38_143685_box7_Incident_Summaries_1-100
Agency: Department of War
Page 11
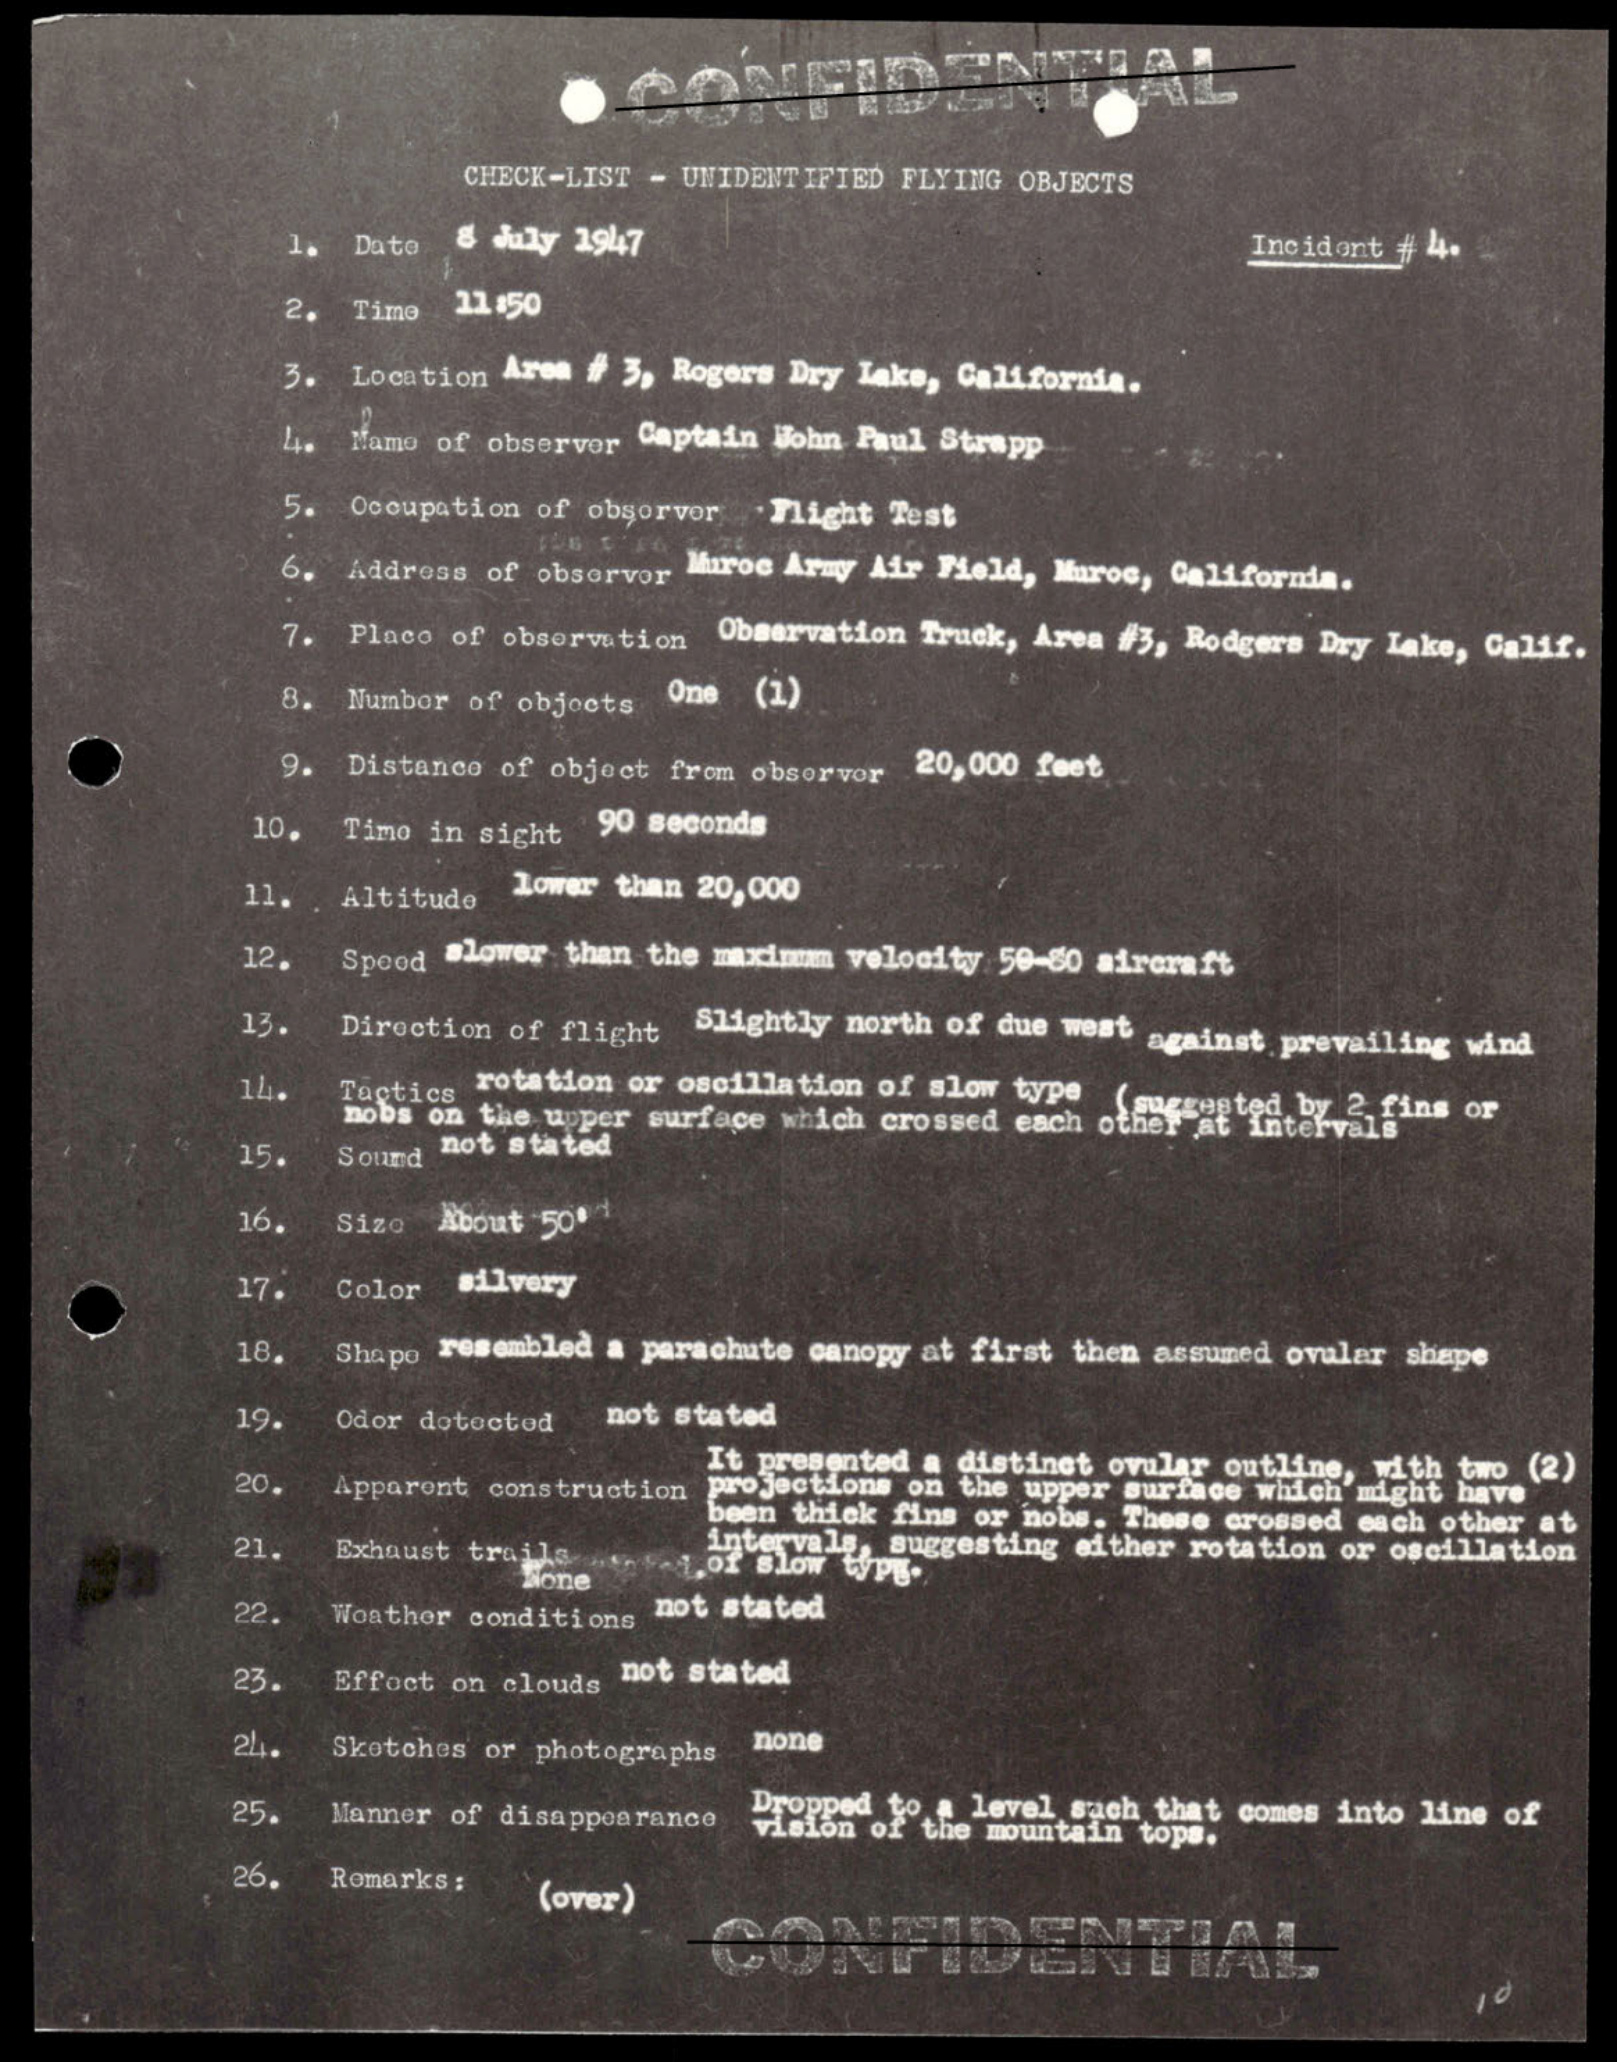